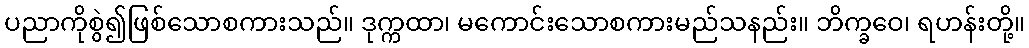
ပညာကိုစွဲ၍ဖြစ်သောစကားသည်။ ဒုက္ကထာ၊ မကောင်းသောစကားမည်သနည်း။ ဘိက္ခဝေ၊ ရဟန်းတို့။